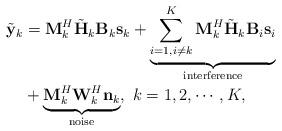
LaTeX: \begin{align*}\begin{aligned} \tilde{\mathbf{y}}_k &= \mathbf{M}_k^H \tilde{\mathbf{H}}_k \mathbf{B}_k \mathbf{s}_k + \underbrace{\sum_{i=1, i\neq k}^{K}\mathbf{M}_k^H \tilde{\mathbf{H}}_k \mathbf{B}_i \mathbf{s}_i}_{\mathrm{interference}} \\ &+ \underbrace{\mathbf{M}_k^H\mathbf{W}_k^H\mathbf{n}_k}_{\mathrm{noise}},~k=1,2,\cdots,K,\end{aligned}\end{align*}